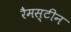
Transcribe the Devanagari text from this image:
रैमस्टीन